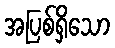
အပြစ်ရှိသော